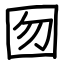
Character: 囫